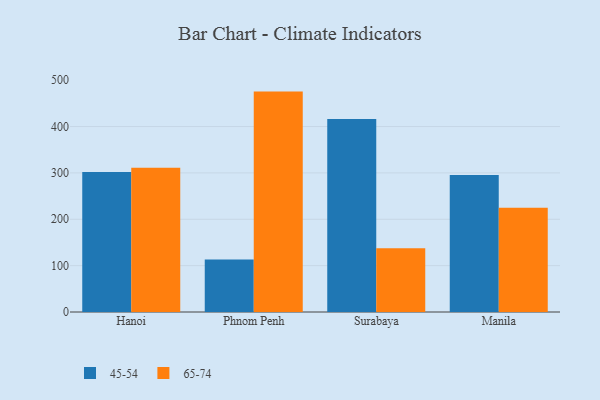
{"axis": {"x": "City", "y": "Market Share (%)"}, "legend": ["45-54", "65-74"], "data": [{"x": "Hanoi", "y": 302.1, "type": "45-54"}, {"x": "Hanoi", "y": 310.9, "type": "65-74"}, {"x": "Phnom Penh", "y": 113.1, "type": "45-54"}, {"x": "Phnom Penh", "y": 475.4, "type": "65-74"}, {"x": "Surabaya", "y": 416.4, "type": "45-54"}, {"x": "Surabaya", "y": 137.4, "type": "65-74"}, {"x": "Manila", "y": 295.5, "type": "45-54"}, {"x": "Manila", "y": 224.7, "type": "65-74"}]}